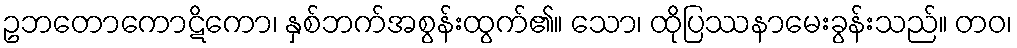
ဥဘတောကောဋိကော၊ နှစ်ဘက်အစွန်းထွက်၏။ သော၊ ထိုပြဿနာမေးခွန်းသည်။ တဝ၊